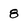
Character: 8